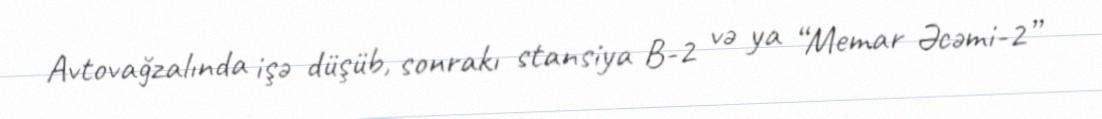
Avtovağzalında işə düşüb, sonrakı stansiya B-2 və ya “Memar Əcəmi-2”